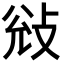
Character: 𭣭